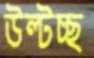
উল্‌টচ্ছ